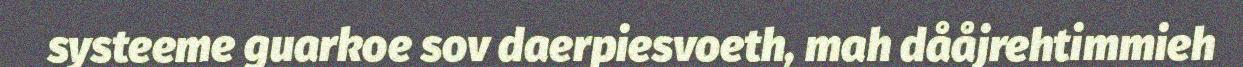
systeeme guarkoe sov daerpiesvoeth, mah dååjrehtimmieh